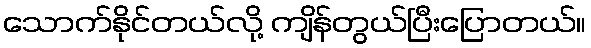
သောက်နိုင်တယ်လို့ ကျိန်တွယ်ပြီးပြောတယ်။